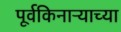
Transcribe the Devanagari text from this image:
पूर्वकिनाऱ्याच्या